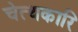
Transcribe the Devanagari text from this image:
चेत्थकारि